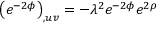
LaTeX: \left( e ^ { - 2 \phi } \right) _ { , u v } = - \lambda ^ { 2 } e ^ { - 2 \phi } e ^ { 2 \rho }